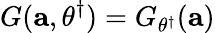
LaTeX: G(\mathbf{a},{\theta}^{\dagger})=G_{\theta^{\dagger}}(\mathbf{a})